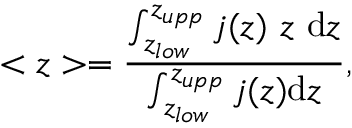
< z > = \frac { \int _ { z _ { l o w } } ^ { z _ { u p p } } j ( z ) ~ z ~ \mathrm { d } z } { \int _ { z _ { l o w } } ^ { z _ { u p p } } j ( z ) \mathrm { d } z } ,